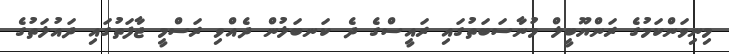
މިނިވަންކަމުގެ ރަންޔޫބީލް މުނާސަބަތުގައި ރައީސްގެ ދެ ކަނބަލުން ދެއްވި ރަސްމީ ޖާފަތުގައި ދައުލަތުގެ